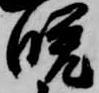
晩